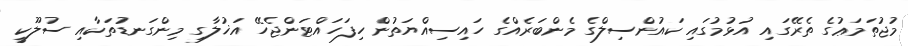
މުޖުތަމަޢުގެ ތެރޭގައި އުޅުމުގައި ކައުންސިލްގެ މެންބަރެއްގެ ހައިސިއްޔަތުން ހިފަހައްޓަންޖެހޭ އަޚުލާގި މިންގަނޑުތަކާއި ސުލޫކީ